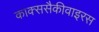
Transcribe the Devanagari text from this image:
काक्ससैकीवाइरस